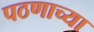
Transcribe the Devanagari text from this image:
पठणाच्या